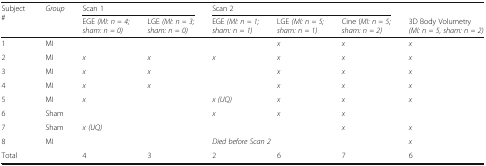
| <ROWSPAN=2> Subject # | <ROWSPAN=2> Group | <COLSPAN=2> Scan 1 | <COLSPAN=3> Scan 2 |  |
 | EGE (MI: n = 4; sham: n = 0) | LGE (MI: n = 3; sham: n = 0) | EGE (MI: n = 1; sham: n = 1) | LGE (MI: n = 5; sham: n = 1) | Cine (MI: n = 5; sham: n = 2) | 3D Body Volumetry (MI: n = 5, sham: n = 2) |
 | --- | --- | --- | --- | --- | --- | --- | --- |
 | 1 | MI |  |  |  | x | x | x |
 | 2 | MI | x | x | x | x | x | x |
 | 3 | MI | x | x |  | x | x | x |
 | 4 | MI | x | x |  | x | x | x |
 | 5 | MI | x |  | x (UQ) | x | x | x |
 | 6 | Sham |  |  | x | x | x |  |
 | 7 | Sham | x (UQ) |  |  |  | x | x |
 | 8 | MI |  |  | <COLSPAN=3> Died before Scan 2 | x |
 | Total |  | 4 | 3 | 2 | 6 | 7 | 6 |